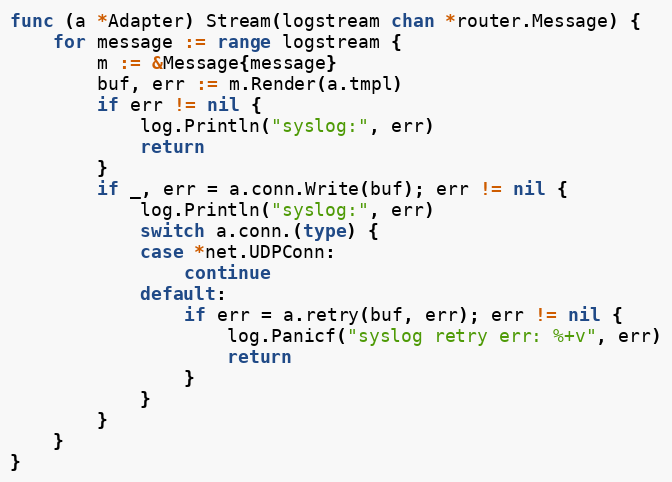
Language: Go
func (a *Adapter) Stream(logstream chan *router.Message) {
	for message := range logstream {
		m := &Message{message}
		buf, err := m.Render(a.tmpl)
		if err != nil {
			log.Println("syslog:", err)
			return
		}
		if _, err = a.conn.Write(buf); err != nil {
			log.Println("syslog:", err)
			switch a.conn.(type) {
			case *net.UDPConn:
				continue
			default:
				if err = a.retry(buf, err); err != nil {
					log.Panicf("syslog retry err: %+v", err)
					return
				}
			}
		}
	}
}